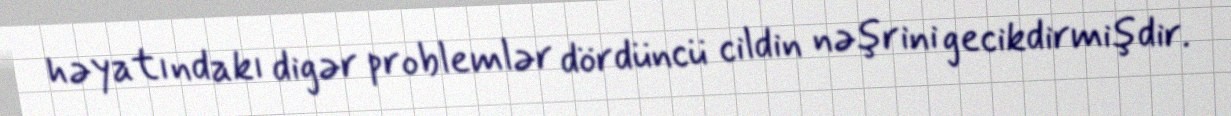
həyatındakı digər problemlər dördüncü cildin nəşrini gecikdirmişdir.